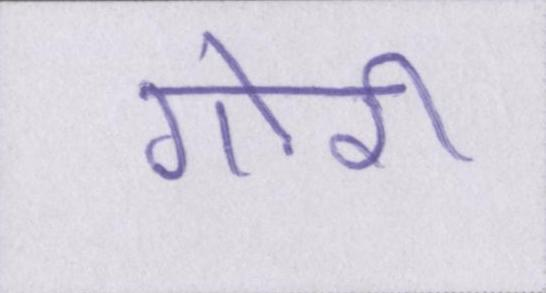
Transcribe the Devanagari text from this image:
गोरी